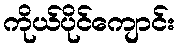
ကိုယ်ပိုင်ကျောင်း